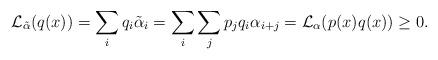
LaTeX: \begin{align*}\mathcal{L}_{\tilde{\alpha}}(q(x))=\sum_{i} q_i \tilde{\alpha}_i=\sum_{i} \sum_{j} p_j q_i \alpha_{i+j}=\mathcal{L}_{\alpha}(p(x)q(x))\geq 0.\end{align*}